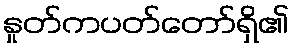
နှုတ်ကပတ်တော်ရှိ၏